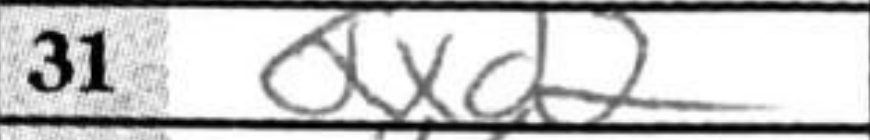
Transcription: Qxd2